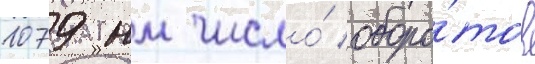
1079 нм число́ оборо́тов